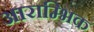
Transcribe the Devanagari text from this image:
आराम्भिक